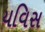
યવિસ